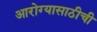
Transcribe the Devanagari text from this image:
आरोग्यासाठीची